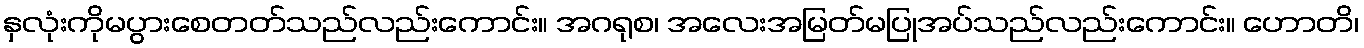
နှလုံးကိုမပွားစေတတ်သည်လည်းကောင်း။ အဂရုစ၊ အလေးအမြတ်မပြုအပ်သည်လည်းကောင်း။ ဟောတိ၊